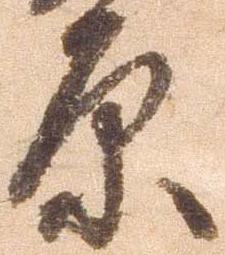
原